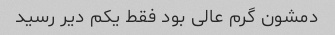
دمشون گرم عالی بود فقط یکم دیر رسید